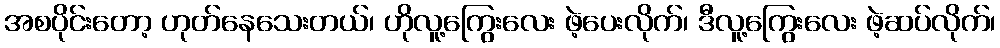
အစပိုင်းတော့ ဟုတ်နေသေးတယ်၊ ဟိုလူ့ကြွေးလေး ဖဲ့ပေးလိုက်၊ ဒီလူ့ကြွေးလေး ဖဲ့ဆပ်လိုက်၊